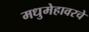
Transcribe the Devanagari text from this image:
मधुमेहावरचे